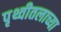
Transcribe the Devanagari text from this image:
पृथ्वीतलाच्या